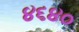
૪૬૪૦